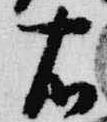
右